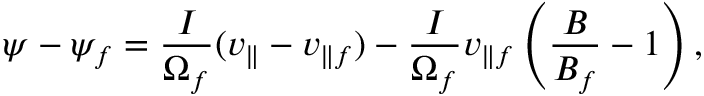
\psi - \psi _ { f } = \frac { I } { \Omega _ { f } } ( v _ { \parallel } - v _ { \parallel f } ) - \frac { I } { \Omega _ { f } } v _ { \parallel f } \left( \frac { B } { B _ { f } } - 1 \right) ,